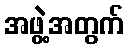
အဖွဲ့အတွက်